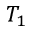
T _ { 1 }